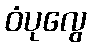
ဝံပုလွေ